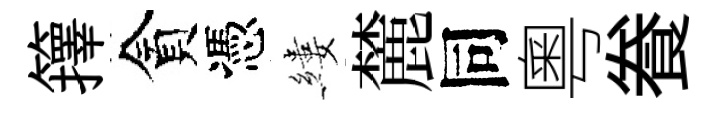
籜貪憑縷麓同粵飬